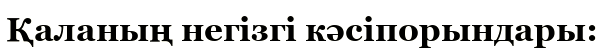
Қаланың негізгі кәсіпорындары: